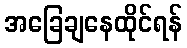
အခြေချနေထိုင်ရန်